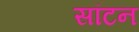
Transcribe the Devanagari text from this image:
सॉटन